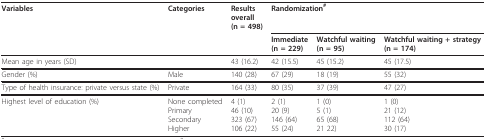
<table><thead><tr><td><b>Variables</b></td><td><b>Categories</b></td><td><b>Resultsoverall(n = 498)</b></td><td colspan="3"><b>Randomization<sup>#</sup></b></td></tr><tr><td></td><td></td><td></td><td><b>Immediate(n = 229)</b></td><td><b>Watchful waiting(n = 95)</b></td><td><b>Watchful waiting + strategy(n = 174)</b></td></tr></thead><tbody><tr><td>Mean age in years (SD)</td><td></td><td>43 (16.2)</td><td>42 (15.5)</td><td>45 (15.2)</td><td>45 (17.5)</td></tr><tr><td>Gender (%)</td><td>Male</td><td>140 (28)</td><td>67 (29)</td><td>18 (19)</td><td>55 (32)</td></tr><tr><td>Type of health insurance: private versus state (%)</td><td>Private</td><td>164 (33)</td><td>80 (35)</td><td>37 (39)</td><td>47 (27)</td></tr><tr><td>Highest level of education (%)</td><td>None completedPrimarySecondaryHigher</td><td>4 (1)46 (10)323 (67)106 (22)</td><td>2 (1)20 (9)146 (64)55 (24)</td><td>1 (0)5 (1)65 (68)21 22)</td><td>1 (0)21 (12)112 (64)30 (17)</td></tr></tbody></table>